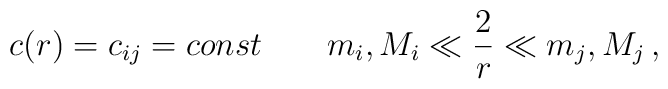
c(r)=c_{ij}=const\qquad m_{i},M_{i}\ll \frac{2}{r}\ll m_{j},M_{j}\,,